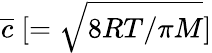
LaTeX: \overline{{c}}\ [=\sqrt{8RT/\pi M}]